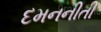
દમનનીતી